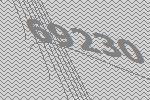
69230